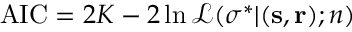
\begin{array} { r } { \mathrm { A I C } = 2 K - 2 \ln \mathcal { L } ( \boldsymbol { \sigma } ^ { \ast } | ( \mathbf { s } , \mathbf { r } ) ; n ) } \end{array}